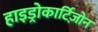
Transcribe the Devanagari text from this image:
हाइड्रोकार्टिज़ोन